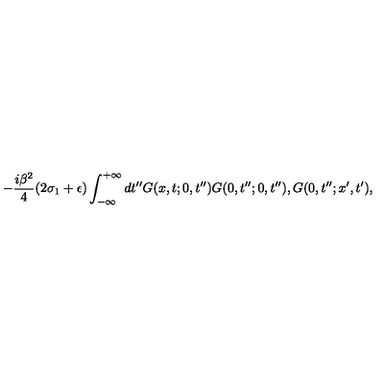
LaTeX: - \frac { i \beta ^ { 2 } } { 4 } ( 2 \sigma _ { 1 } + \epsilon ) \int _ { - \infty } ^ { + \infty } d t ^ { \prime \prime } G ( x , t ; 0 , t ^ { \prime \prime } ) G ( 0 , t ^ { \prime \prime } ; 0 , t ^ { \prime \prime } ) , G ( 0 , t ^ { \prime \prime } ; x ^ { \prime } , t ^ { \prime } ) ,